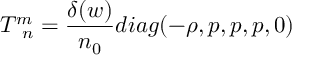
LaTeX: T _ { \; \; n } ^ { m } = \frac { \delta ( w ) } { n _ { 0 } } d i a g ( - \rho , p , p , p , 0 )